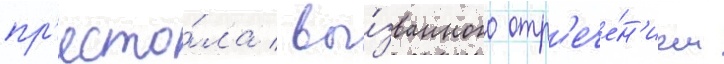
пр'есто́ла / вы́званного отр'ече́н'ием